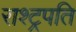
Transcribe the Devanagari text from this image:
राश्ट्रपति